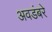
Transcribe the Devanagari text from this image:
अवडंबरे